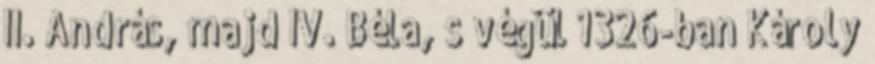
II. András, majd IV. Béla, s végül 1326-ban Károly